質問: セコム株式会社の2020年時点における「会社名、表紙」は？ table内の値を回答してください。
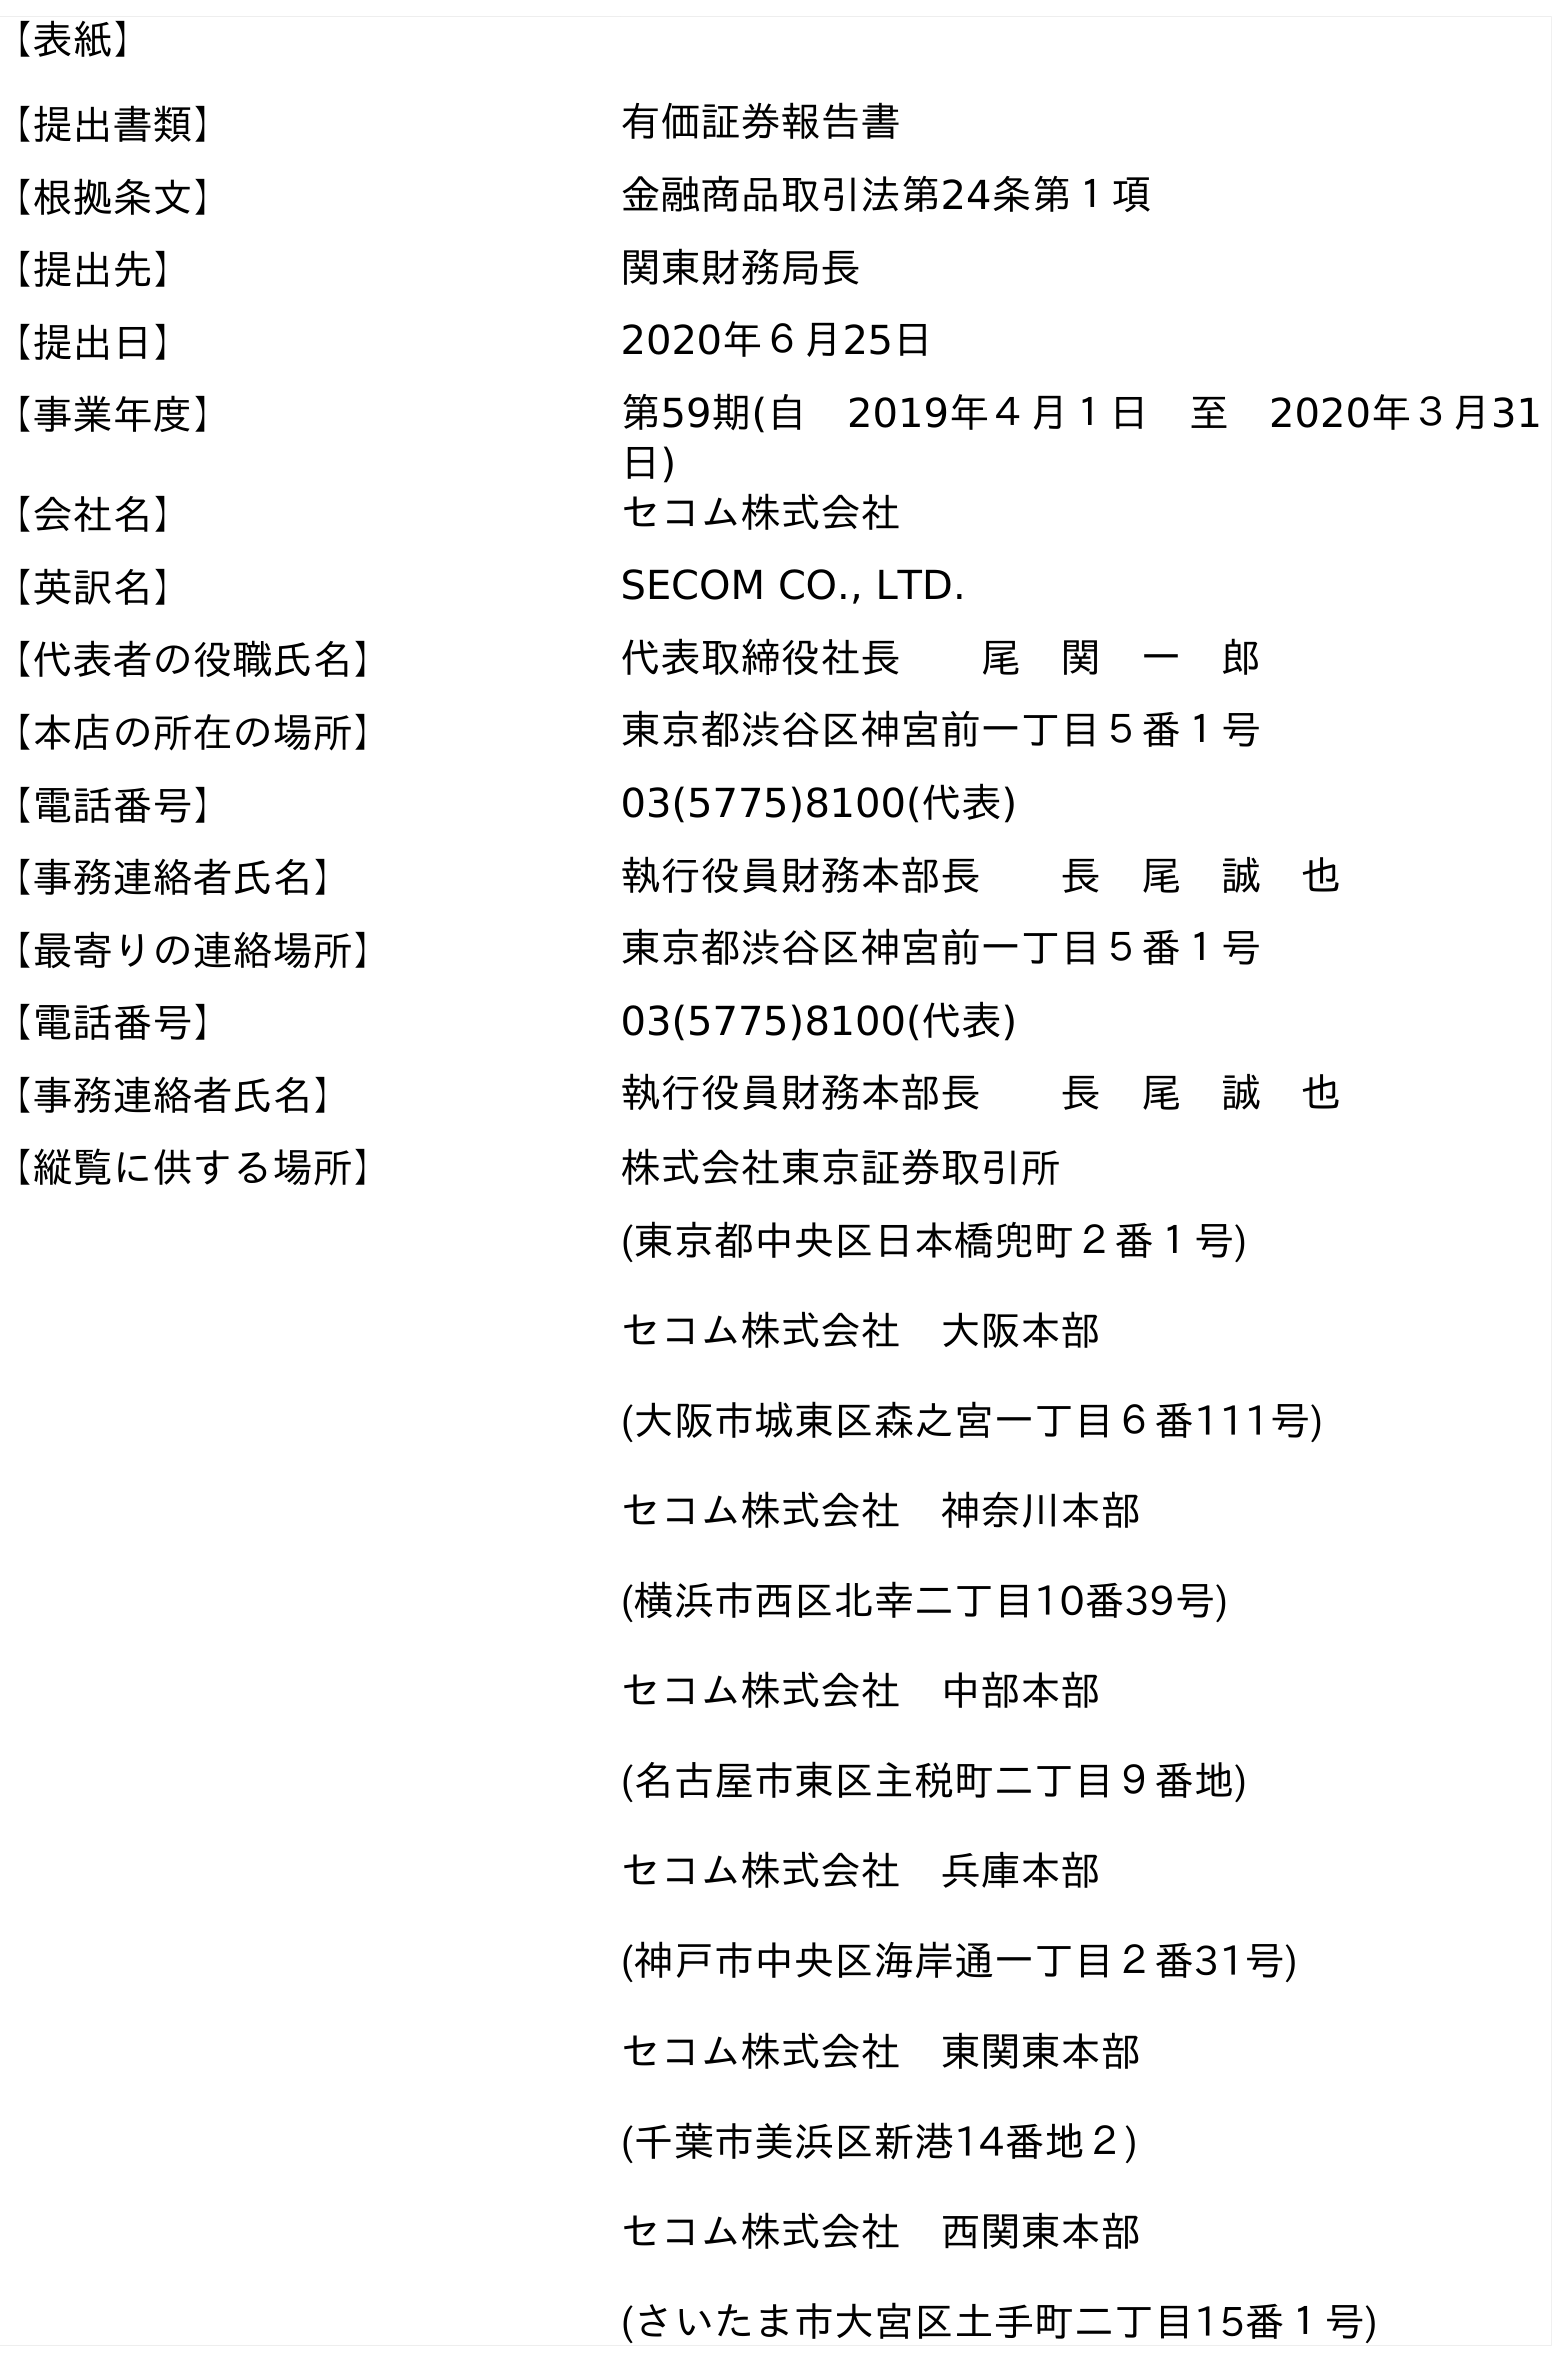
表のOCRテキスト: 【表紙】 【提出書類】 有価証券報告書 【根拠条文】 金融商品取引法第24条第１項 【提出先】 関東財務局長 【提出日】 2020年６月25日 【事業年度】 第59期(自 2019年４月１日 至 2020年３月31 日) 【会社名】 セコム株式会社 【英訳名】 SECOM CO., LTD. 【代表者の役職氏名】 代表取締役社長  尾 関 一 郎 【本店の所在の場所】 東京都渋谷区神宮前一丁目５番１号 【電話番号】 03(5775)8100(代表) 【事務連絡者氏名】 執行役員財務本部長  長 尾 誠 也 【最寄りの連絡場所】 東京都渋谷区神宮前一丁目５番１号 【電話番号】 03(5775)8100(代表) 【事務連絡者氏名】 執行役員財務本部長  長 尾 誠 也 【縦覧に供する場所】 株式会社東京証券取引所 (東京都中央区日本橋兜町２番１号) セコム株式会社 大阪本部 (大阪市城東区森之宮一丁目６番111号) セコム株式会社 神奈川本部 (横浜市西区北幸二丁目10番39号) セコム株式会社 中部本部 (名古屋市東区主税町二丁目９番地) セコム株式会社 兵庫本部 (神戶市中央区海岸通一丁目２番31号) セコム株式会社 東関東本部 (千葉市美浜区新港14番地２) セコム株式会社 西関東本部 (さいたま市大宮区土手町二丁目15番１号)
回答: セコム株式会社